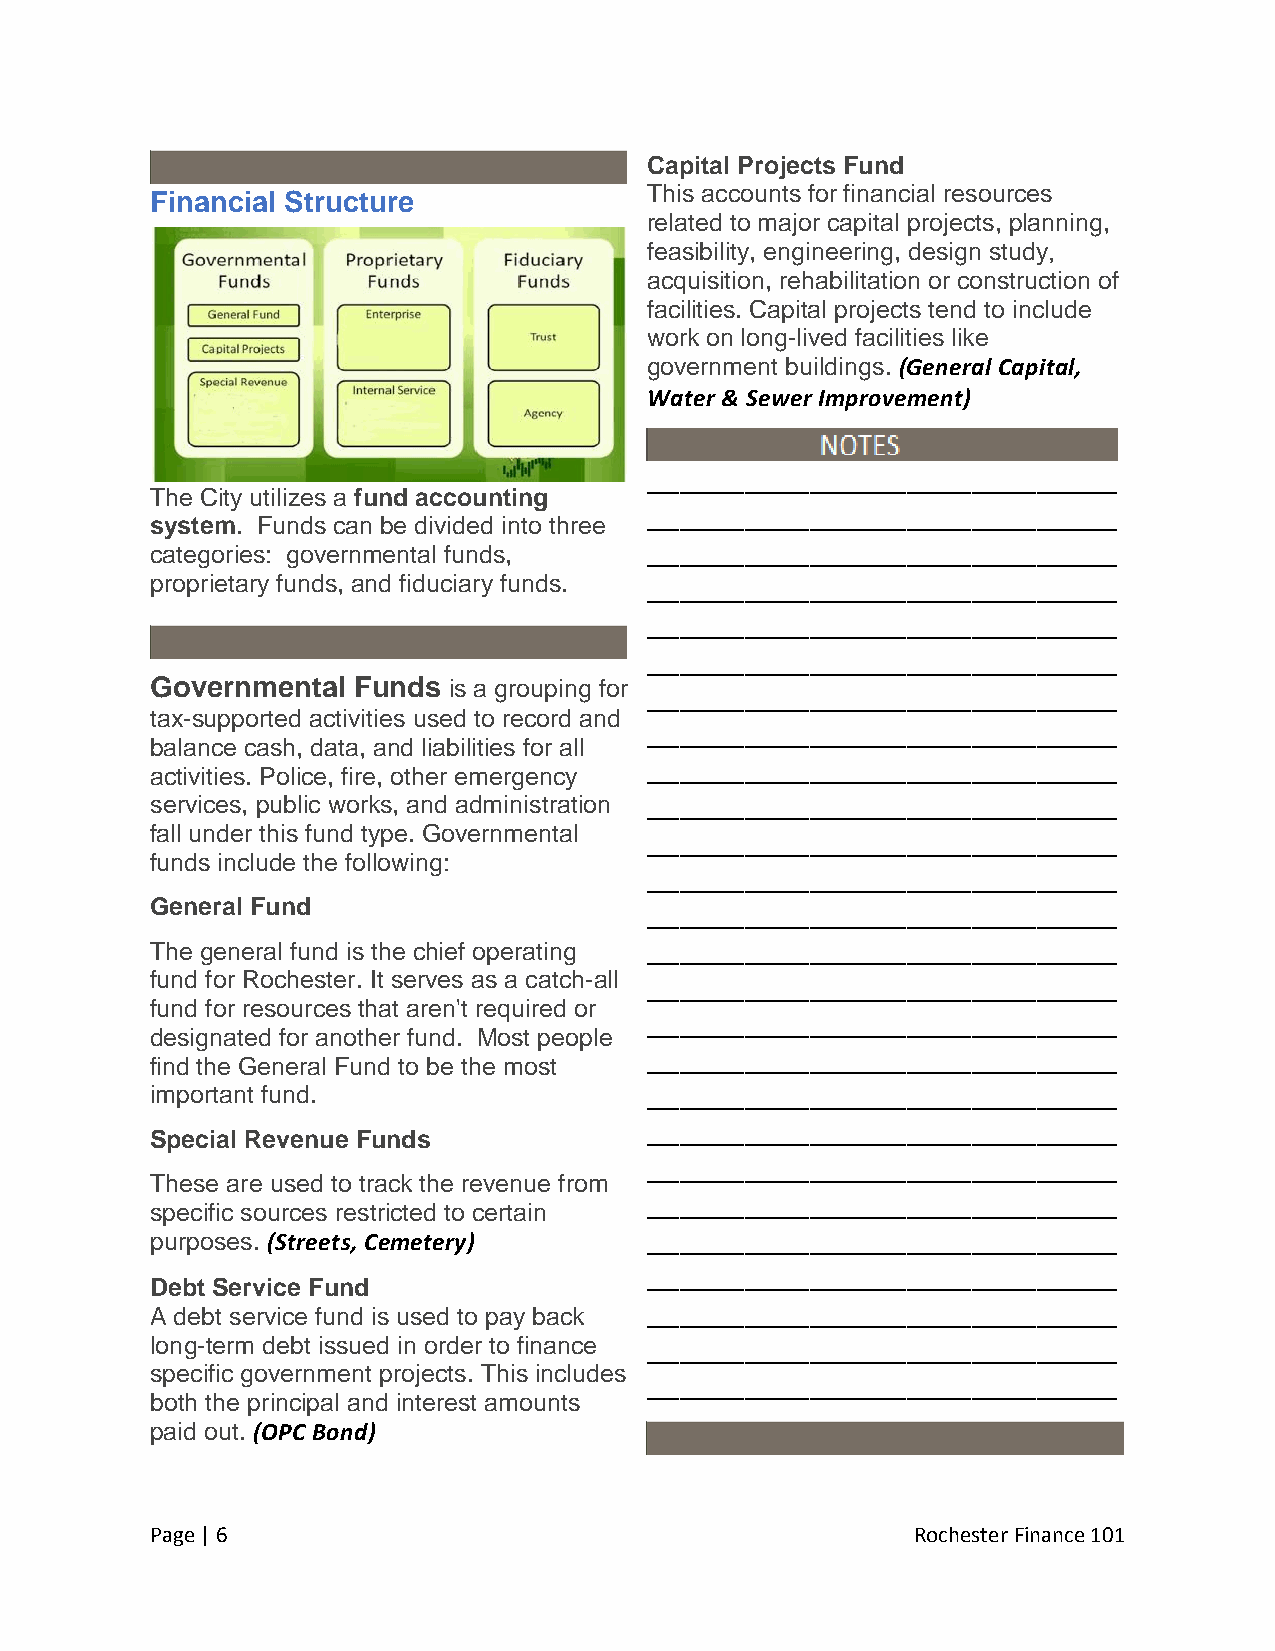
Capital Projects Fund
 Financial Structure              This accounts for financial resources
 related to major capital projects, planning,
 feasibility, engineering, design study,
 acquisition, rehabilitation or construction of
 facilities. Capital projects tend to include
 work on long-lived facilities like
 government buildings. (General Capital,
 Water & Sewer Improvement)
 _____________________________
 The City utilizes a fund accounting
 _____________________________
 system. Funds can be divided into three
 categories: governmental funds,  _____________________________
 proprietary funds, and fiduciary funds. _____________________________
 _____________________________
 _____________________________
 Governmental Funds  is a grouping for
 _____________________________
 tax-supported activities used to record and
 _____________________________
 balance cash, data, and liabilities for all
 _____________________________
 activities. Police, fire, other emergency
 services, public works, and administration _____________________________
 fall under this fund type. Governmental
 _____________________________
 funds include the following:
 _____________________________
 General Fund
 _____________________________
 The general fund is the chief operating _____________________________
 fund for Rochester. It serves as a catch-all _____________________________
 fund for resources that aren't required or
 _____________________________
 designated for another fund. Most people
 _____________________________
 find the General Fund to be the most
 important fund.                  _____________________________
 _____________________________
 Special Revenue Funds
 _____________________________
 These are used to track the revenue from
 _____________________________
 specific sources restricted to certain
 purposes. (Streets, Cemetery)    _____________________________
 _____________________________
 Debt Service Fund
 A debt service fund is used to pay back _____________________________
 long-term debt issued in order to finance _____________________________
 specific government projects. This includes
 _____________________________
 both the principal and interest amounts
 paid out. (OPC Bond)
 Page | 6                                           Rochester Finance 101